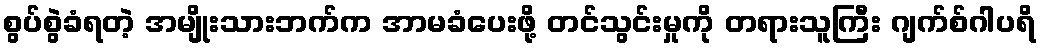
စွပ်စွဲခံရတဲ့ အမျိုးသားဘက်က အာမခံပေးဖို့ တင်သွင်းမှုကို တရားသူကြီး ဂျက်စ်ဂါပရိ